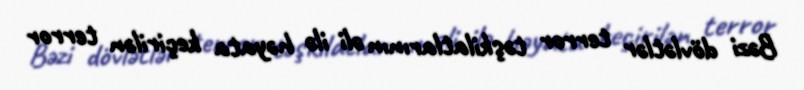
Bəzi dövlətlər terror təşkilatlarının əli ilə həyata keçirilən terror